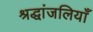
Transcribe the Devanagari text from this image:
श्रद्धांजलियाँ